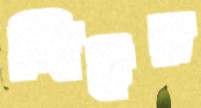
জিইর